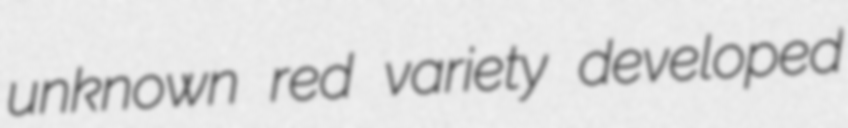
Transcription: unknown red variety developed